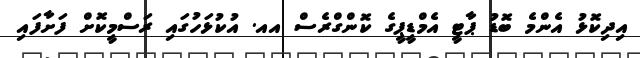
އިދިކޮޅު އެންމެ ބޮޑު ޕާޓީ އެމްޑީޕީގެ ކޮންގްރެސް އއ. އުކުޅަހުގައި ރަސްމީކޮށް ފަށާފައި